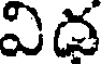
విద